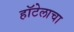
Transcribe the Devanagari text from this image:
हॉटेलाचा